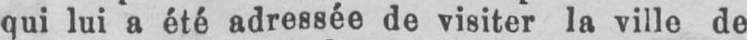
qui lui a été adressée de visiter la ville de